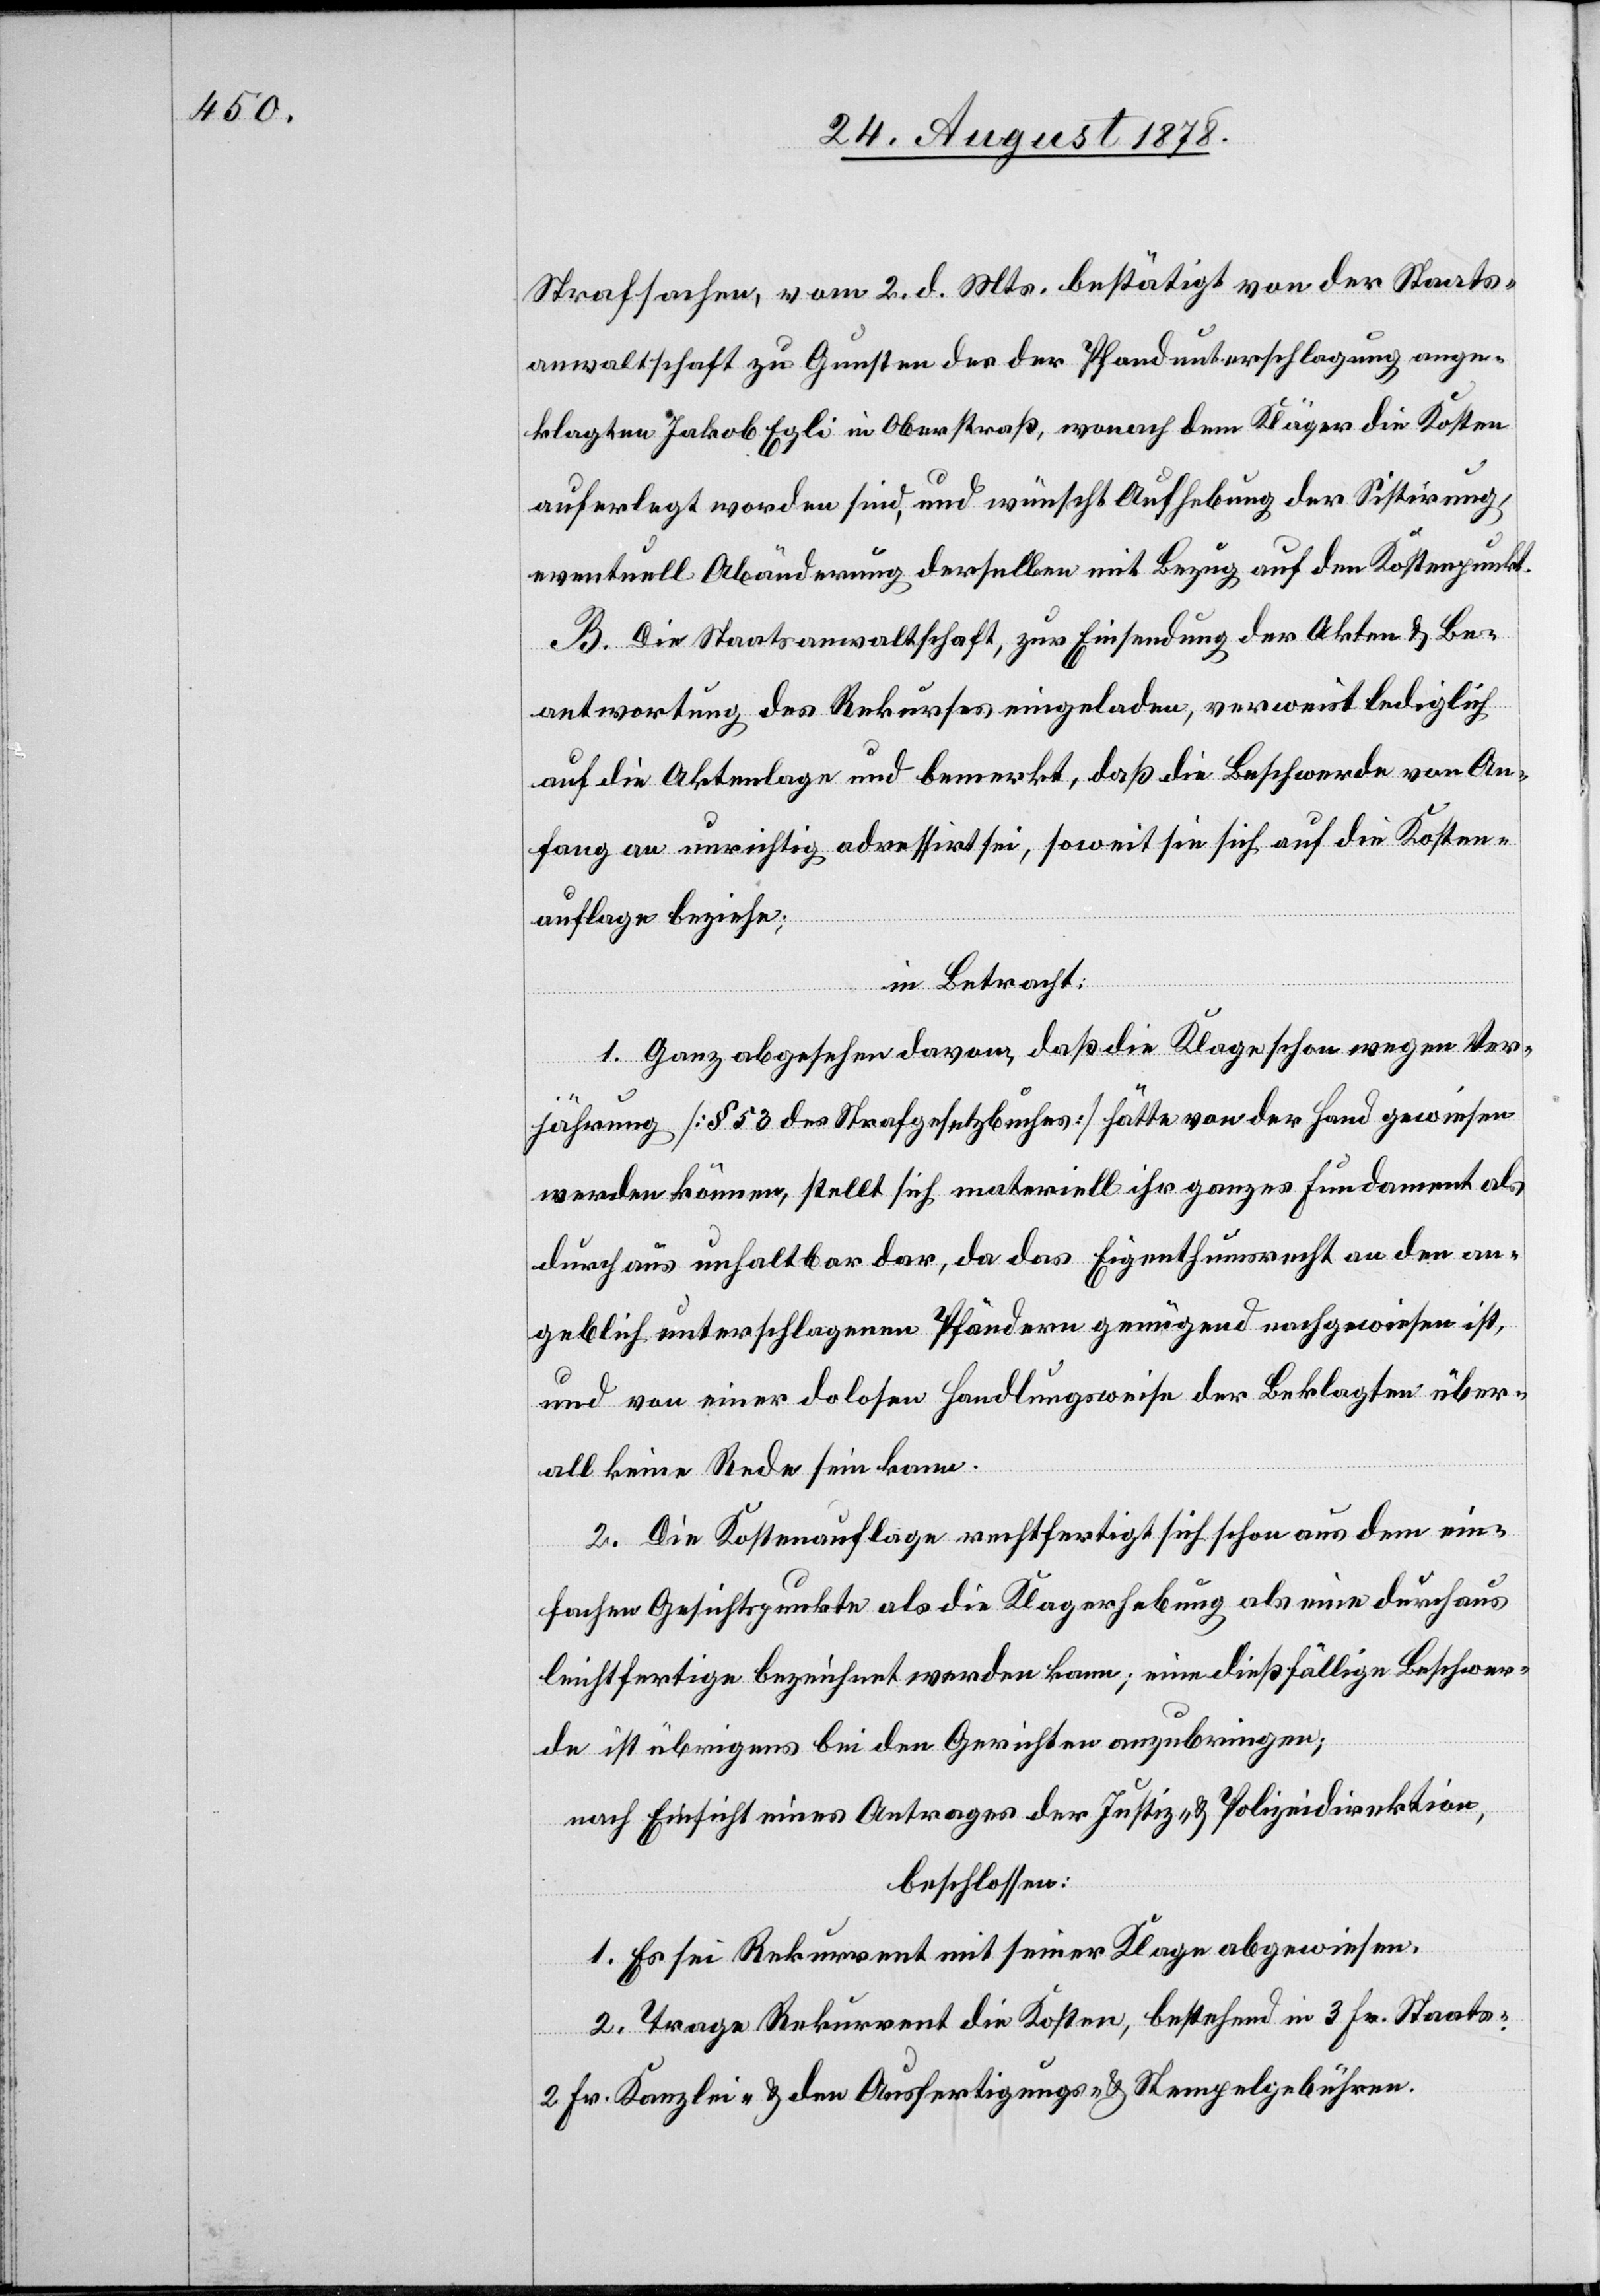
Strafsachen, vom 2. d. Mts. bestätigt von der Staats¬
anwaltschaft zu Gunsten des der Pfandunterschlagung ange¬
klagten Jakob Egli in Oberstraß, wonach dem Kläger die Kosten
auferlegt worden sind, und wünscht Aufhebung der Sistirung,
eventuell Abänderung derselben mit Bezug auf den Kostenpunkt.
B. Die Staatsanwaltschaft, zur Einsendung der Akten & Be¬
antwortung des Rekurses eingeladen, verweist lediglich
auf die Aktenlage und bemerkt, daß die Beschwerde von An¬
fang an unrichtig adressirt sei, soweit sie sich auf die Kosten¬
auflage beziehe;
in Betracht:
1. Ganz abgesehen davon, daß die Klage schon wegen Ver¬
jährung [§ 53 des Strafgesetzbuches] hätte von der Hand gewiesen
werden können, stellt sich materiell ihr ganzes Fundament als
durchaus unhaltbar dar, da das Eigenthumsrecht an den an¬
geblich unterschlagenen Pfändern genügend nachgewiesen ist,
und von einer dolosen Handlungsweise der Beklagten über¬
all keine Rede sein kann.
2. Die Kostenauflage rechtfertigt sich schon aus dem ein¬
fachen Gesichtspunkte als Klageerhebung als eine durchaus
leichtfertige bezeichnet werden kann; eine dießfällige Beschwer¬
de ist übrigens bei den Gerichten anzubringen;
nach Einsicht eines Antrages der Justiz- & Polizeidirektion,
beschlossen:
1. Es sei Rekurrent mit seiner Klage abgewiesen.
2. Trage Rekurrent die Kosten, bestehend in 3 Fr. Staats-,
2 Fr. Kanzlei- & den Ausfertigungs- & Stempelgebühren.